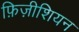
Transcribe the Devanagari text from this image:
फ़िज़ीशियन